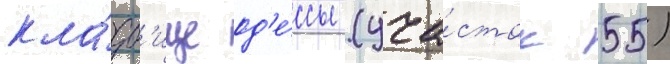
кла́дб'ище од'е́ссы (уча́сток 55)